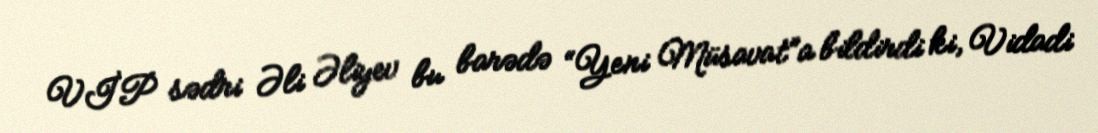
VİP sədri Əli Əliyev bu barədə “Yeni Müsavat”a bildirdi ki, Vidadi